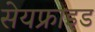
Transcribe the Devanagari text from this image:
सेयफ्राइड